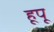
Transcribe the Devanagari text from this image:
हूपू